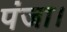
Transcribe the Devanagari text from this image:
पंजा।